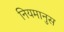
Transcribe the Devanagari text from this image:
नियमानुस